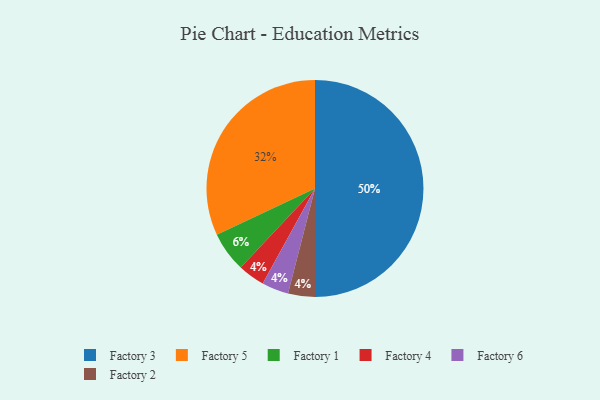
{"axis": {"x": "Category", "y": "Percentage"}, "legend": ["Factory 1", "Factory 2", "Factory 3", "Factory 4", "Factory 5", "Factory 6"], "data": [{"x": "Factory 1", "y": 6, "type": "Factory 1"}, {"x": "Factory 4", "y": 4, "type": "Factory 4"}, {"x": "Factory 6", "y": 4, "type": "Factory 6"}, {"x": "Factory 5", "y": 32, "type": "Factory 5"}, {"x": "Factory 2", "y": 4, "type": "Factory 2"}, {"x": "Factory 3", "y": 50, "type": "Factory 3"}]}